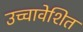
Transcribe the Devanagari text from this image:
उच्चावेशित